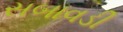
સબાવડી